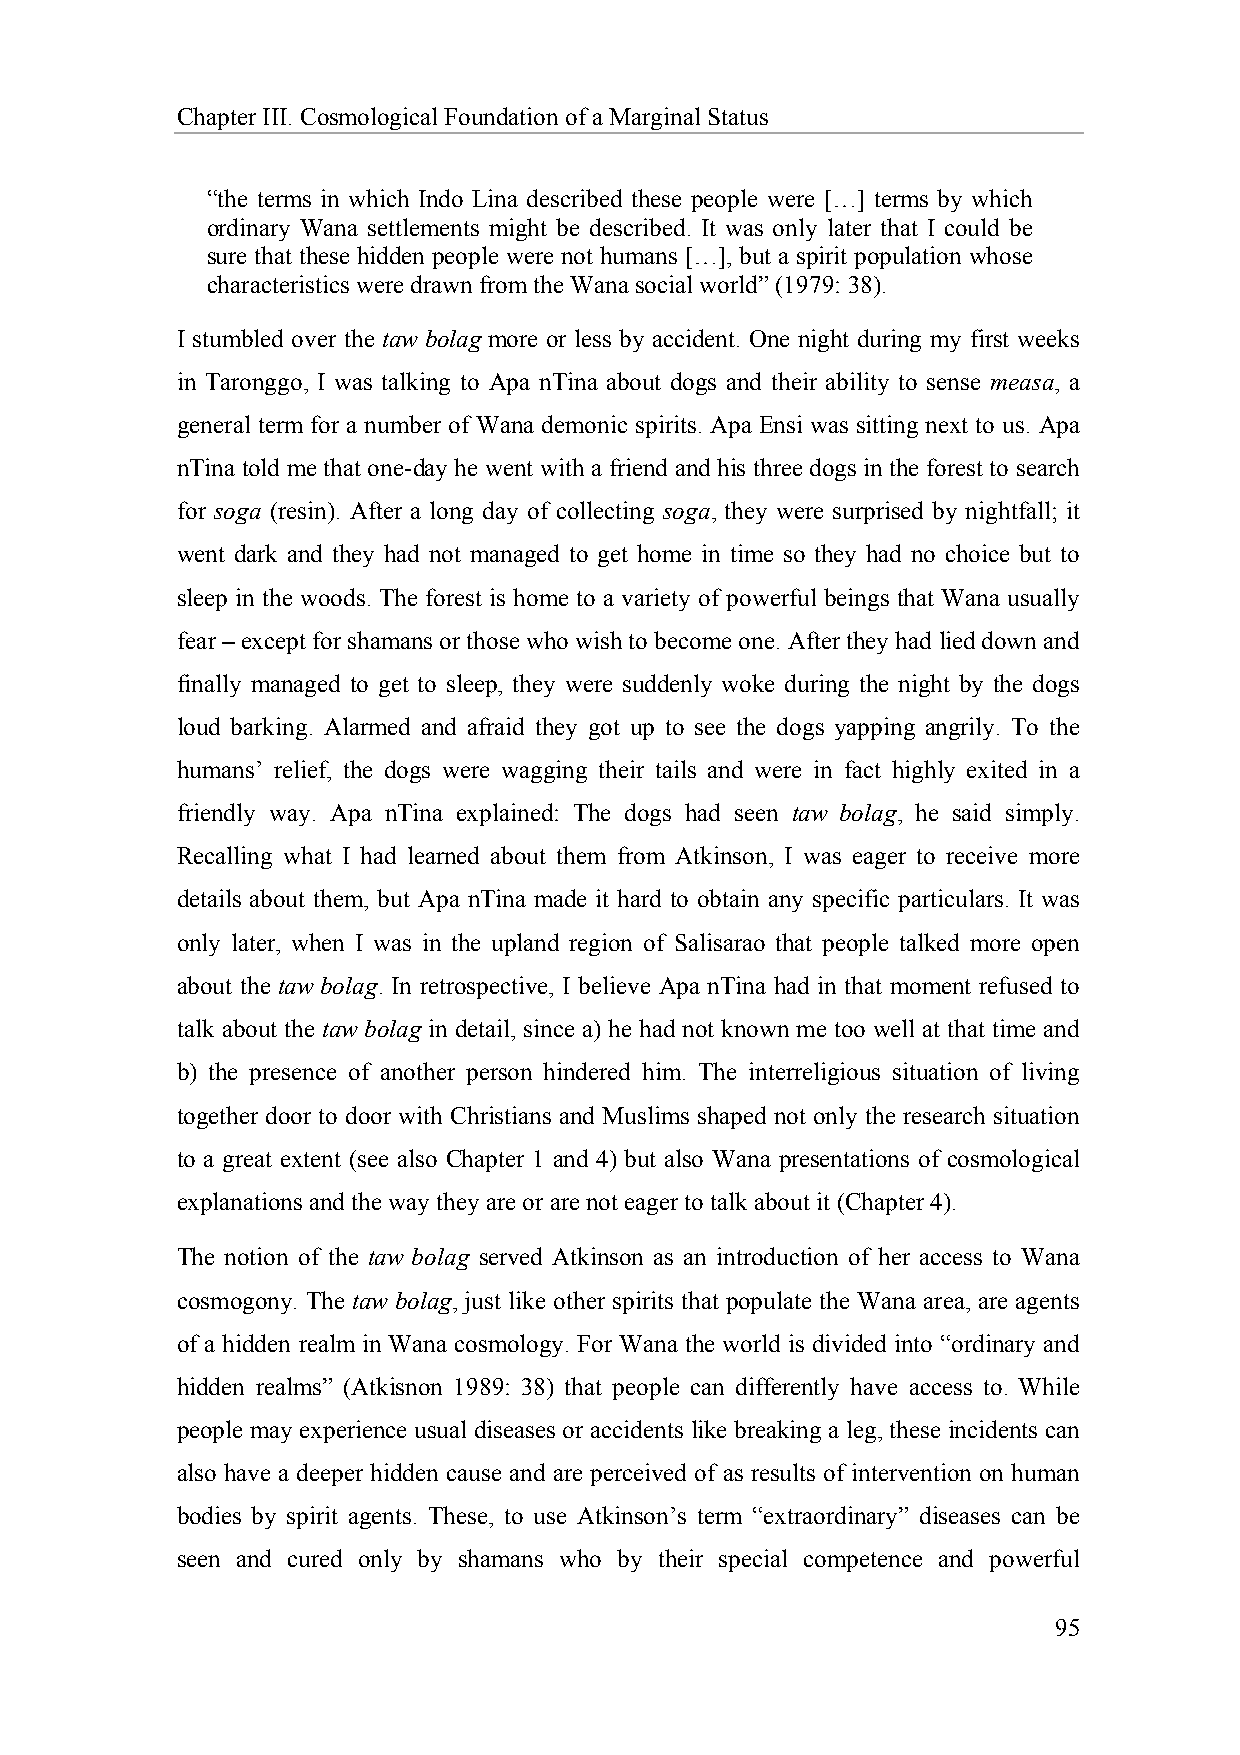
Chapter III. Cosmological Foundation of a Marginal Status
 “the terms in which Indo Lina described these people were […] terms by which
 ordinary Wana settlements might be described. It was only later that I could be
 sure that these hidden people were not humans […], but a spirit population whose
 characteristics were drawn from the Wana social world” (1979: 38).
 I stumbled over the taw bolag more or less by accident. One night during my first weeks
 in Taronggo, I was talking to Apa nTina about dogs and their ability to sense measa, a
 general term for a number of Wana demonic spirits. Apa Ensi was sitting next to us. Apa
 nTina told me that one-day he went with a friend and his three dogs in the forest to search
 for soga (resin). After a long day of collecting soga, they were surprised by nightfall; it
 went dark and they had not managed to get home in time so they had no choice but to
 sleep in the woods. The forest is home to a variety of powerful beings that Wana usually
 fear – except for shamans or those who wish to become one. After they had lied down and
 finally managed to get to sleep, they were suddenly woke during the night by the dogs
 loud barking. Alarmed and afraid they got up to see the dogs yapping angrily. To the
 humans’ relief, the dogs were wagging their tails and were in fact highly exited in a
 friendly way. Apa nTina explained: The dogs had seen taw bolag, he said simply.
 Recalling what I had learned about them from Atkinson, I was eager to receive more
 details about them, but Apa nTina made it hard to obtain any specific particulars. It was
 only later, when I was in the upland region of Salisarao that people talked more open
 about the taw bolag. In retrospective, I believe Apa nTina had in that moment refused to
 talk about the taw bolag in detail, since a) he had not known me too well at that time and
 b) the presence of another person hindered him. The interreligious situation of living
 together door to door with Christians and Muslims shaped not only the research situation
 to a great extent (see also Chapter 1 and 4) but also Wana presentations of cosmological
 explanations and the way they are or are not eager to talk about it (Chapter 4).
 The notion of the taw bolag served Atkinson as an introduction of her access to Wana
 cosmogony. The taw bolag, just like other spirits that populate the Wana area, are agents
 of a hidden realm in Wana cosmology. For Wana the world is divided into “ordinary and
 hidden realms” (Atkisnon 1989: 38) that people can differently have access to. While
 people may experience usual diseases or accidents like breaking a leg, these incidents can
 also have a deeper hidden cause and are perceived of as results of intervention on human
 bodies by spirit agents. These, to use Atkinson’s term “extraordinary” diseases can be
 seen and cured only by shamans who by their special competence and powerful
 95